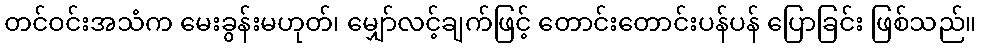
တင်ဝင်းအသံက မေးခွန်းမဟုတ်၊ မျှော်လင့်ချက်ဖြင့် တောင်းတောင်းပန်ပန် ပြောခြင်း ဖြစ်သည်။